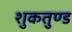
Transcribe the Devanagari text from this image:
शुकतुण्ड